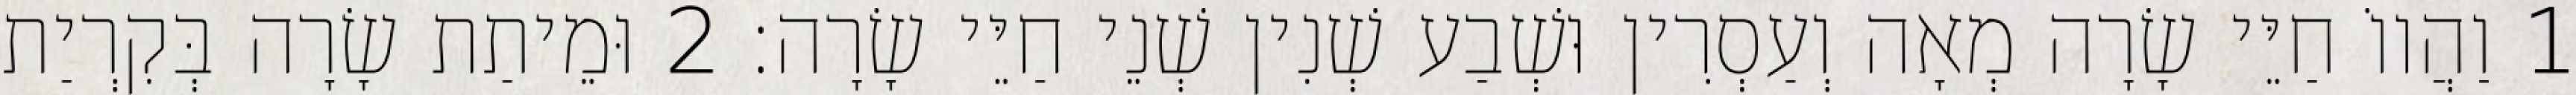
1 וַהֲווֹ חַיֵּי שָׂרָה מְאָה וְעַסְרִין וּשְׁבַע שְׁנִין שְׁנֵי חַיֵּי שָׂרָה׃ 2 וּמֵיתַת שָׂרָה בְּקִרְיַת